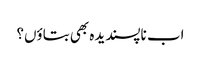
اب ناپسندیدہ بھی بتاؤں؟